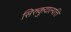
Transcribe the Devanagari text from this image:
सिरुकुदाल्पत्ति